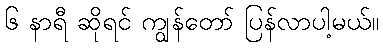
၆ နာရီ ဆိုရင် ကျွန်တော် ပြန်လာပါ့မယ်။